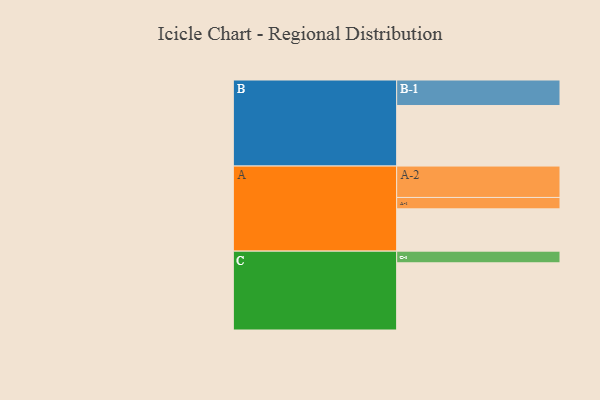
{"axis": {"x": "Segment", "y": "Value"}, "legend": ["", "A", "B", "C"], "data": [{"x": "A", "y": 300, "type": ""}, {"x": "B", "y": 430, "type": ""}, {"x": "C", "y": 477, "type": ""}, {"x": "A-1", "y": 81, "type": "A"}, {"x": "A-2", "y": 223, "type": "A"}, {"x": "B-1", "y": 181, "type": "B"}, {"x": "C-1", "y": 83, "type": "C"}]}